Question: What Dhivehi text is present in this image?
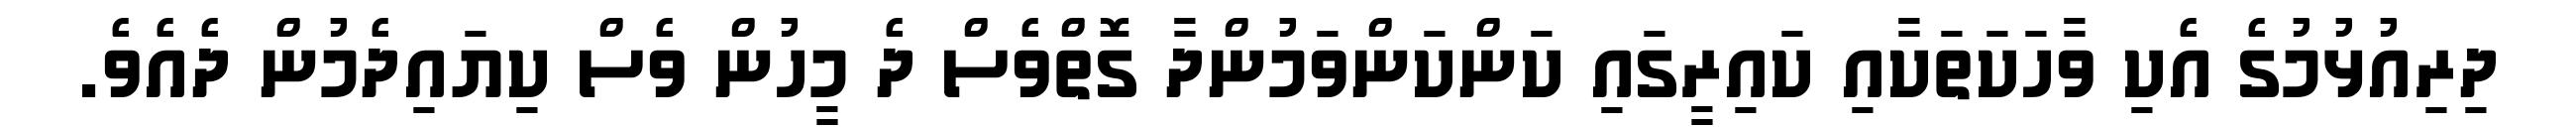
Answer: ދިރިއުޅުމުގެ އެކި ވާހަކަތަކާއި ކައިރީގައި ކަންކަންވަމުންދާ ގޮތްވެސް ދެ މީހުން ވެސް ކިޔައިދެމުން ދެއެވެ.